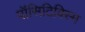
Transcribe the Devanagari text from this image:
पॉसिटिविस्म